Lunatic asylums in Bengal annual reports 1888-1898 - 1888-1898
Year: 1888
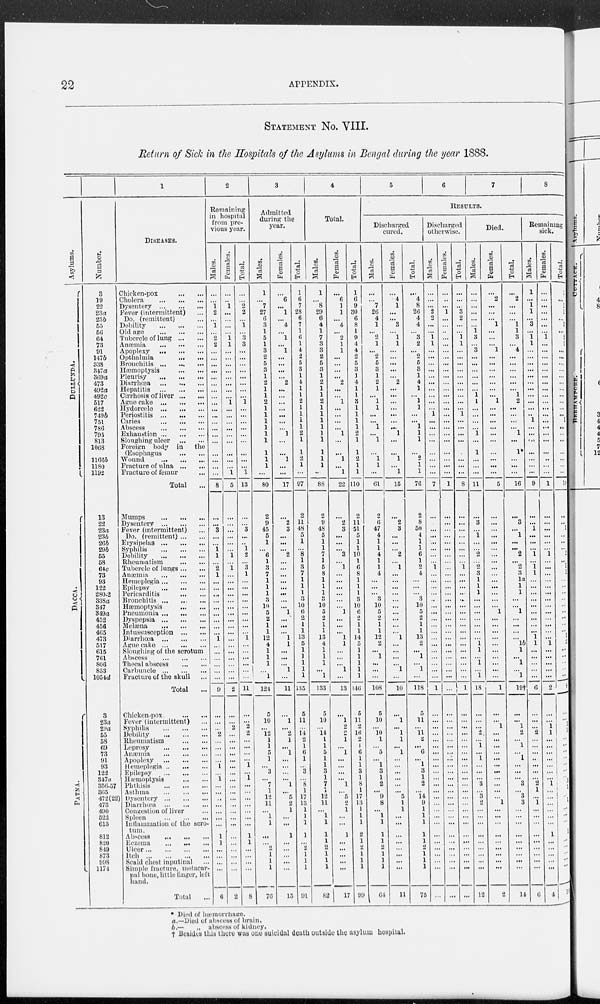
22
APPENDIX.
STATEMENT No. VIII.
Return of Sick in the Hospitals of the Asylums in Bengal during the year 1888.
Asylums.
DULLUNDA.
DACCA.
P ATNA.
Number.
3
19
22
23a
23b
55
56
64
73
91
147b
338
347a
309a
473
492a
492c
517
622
7496
751
786
795
813
1068
1106b
1180
1192
13
22
23a
23b
20b
29b
55
58
64c
73
93
122
280.2
333a
347
319a
452
458
405
473
517
615
701
806
853
1054d
3
23a
22a
55
58
69
73
91
93
122
347a
356.57
365
472(22)
473
490
522
613
812
820
849
873
998
1174
1
DISEASES.
Chicken-pox
...
...
Cholera
...
...
...
Dysentery
...
...
...
Fever (intermittent) ...
Do. (remittent) ...
Debility
...
...
...
Old age
...
...
...
Tubercle of lung
...
...
Anæmia
...
...
...
Apoplexy
...
...
...
Opthalmia
...
...
Bronchitis
...
...
...
Hæmoptysis
...
...
Pleurisy
...
...
...
Diarrhœa
...
...
...
Hepatitis
...
...
...
Cirrhosis of liver
...
...
Ague cake
...
...
...
Hydorcele ... ... ...
Periostitis ... ... ...
Caries
...
...
...
Abscess
...
...
...
Exhaustion
...
...
...
Sloughing ulcer
...
...
Foreign body in
the
(Esophagus
...
...
Wound
...
...
...
Fracture of ulna
...
...
Fracture of femur ...
Total
...
Mumps
...
...
...
Dysentery
...
...
...
Fever (intermittent) ...
Do. (remittent) ... ...
Erysipelas
...
...
...
Syphilis
...
...
...
Debility
...
...
...
Rheumatism
...
...
Tubercle of lungs ... ...
Atæmia
...
...
...
Hemeplegia
...
...
...
Epilepsy
...
...
...
Pericarditis
...
...
Bronchitis ... ... ...
Hæmoptysis
...
...
Pneumonia
...
...
...
Dyspepsia
...
...
...
Mehæna
...
...
...
Intussusception
...
...
Diarrhœa
...
...
...
Ague cake
...
...
...
Sloughing of the scrotum
Abscess
...
...
...
Thecal abscess
...
...
Carbuncle
...
...
...
Fracture of the skull ...
Total
...
Chieken-pox
...
...
Fever (intermittent) ...
Syphilis
...
...
...
Debility
...
...
...
Rheumatism
...
...
...
Leprosy
...
...
...
Anæmia
...
...
...
Apoplexy
...
...
...
Hemeplegin
...
...
...
Epilepsy
...
...
...
Hæmoptysis
...
...
Phthisis
...
...
...
Asthma
...
...
...
Dysentery
...
...
...
Diarrhœa
...
...
...
Congestion of liver ...
Spleen
...
...
...
Inflammation of the scro-
tum.
Absces
...
...
...
Eezema
...
...
...
Ulcer
...
...
...
...
Itch
...
...
...
...
Scald chest inputinal ...
Simple fracture, metacar-
pal bono, little linger, left
hand.
Total
...
2
Remaining
in hospital
from pre-
vious year.
Males.
...
...
1
2
...
1
...
2
2
...
...
...
...
...
...
...
...
...
...
...
...
...
...
...
...
...
...
...
8
...
...
3
...
...
1
1
...
2
1
...
...
...
...
...
...
...
...
...
1
...
...
...
...
...
...
9
...
...
...
2
...
...
...
...
1
...
1
...
...
...
...
...
...
...
1
1
...
...
...
...
6
Females.
...
...
1
...
...
...
...
1
1
...
...
...
...
...
...
...
...
1
...
...
...
...
...
...
...
...
...
1
5
...
...
...
...
...
...
1
...
1
...
...
...
...
...
...
...
...
...
...
...
...
...
...
...
...
...
2
...
...
2
...
...
...
...
...
...
...
...
...
...
...
..
...
...
...
...
...
...
...
...
...
2
Total.
...
...
2
2
...
1
...
3
3
...
...
...
...
...
...
...
...
1
...
...
...
...
...
...
...
...
...
1
13
...
...
3
...
...
1
2
...
3
1
...
...
...
...
...
...
...
...
...
1
...
...
...
...
...
...
11
...
...
...
2
...
...
...
...
1
...
1
...
...
...
...
...
...
...
1
1
...
...
...
...
8
3
Admitted
during the
year.
Males.
1
...
7
27
6
3
1
5
1
3
2
5
3
1
2
1
1
2
1
1
1
1
1
1
1
1
1
...
80
2
9
45
5
1
...
6
1
3
7
1
1
1
3
10
5
2
1
1
12
4
1
1
1
...
1
124
5
10
...
12
1 ...
5
1
...
3 ...
7
1
12
11
...
1
1
...
...
2
1
1
1
76
Females.
...
6
...
1
...
4
...
1
...
1
...
...
....
...
2
...
...
...
...
...
...
...
1
...
...
1
...
...
17
...
2
3
...
...
...
2
...
...
...
...
...
...
...
...
1
...
...
...
1
1
...
...
...
1
...
11
...
1
...
2
1
...
1
...
...
...
...
1
...
5
2
1
...
...
1
...
...
...
...
...
15
Total.
1
6
7
28
6
7
1
6
1
4
2
5
3
1
4
1
1
2
1
1
1
1
2
1
1
2
1
...
97
2
11
48
5
1
...
8
1
3
7
1
1
1
3
10
6
2
1
1
13
5
1
1
1
1
1
135
5
11
...
14
2
1
6
1
...
3
...
8
1
17
13
1
1
1
1
...
2
1
1
1
91
4
Total.
Males.
1
...
8
29
6
4
1
7
3
3
2
5
3
1
2
1
1
2
1
1
1
1
1
1
1
1
1
...
88
2
9
48
5
1
1
7
1
5
8
1
1
1
3
10
5
2
1
1
13
4
1
1
1
...
1
133
5
10
...
14
1
1
5
1
1
3
1
7
1
12
11
...
1
1
1
1
2
1
1
1
82
Females.
...
6
1
1
...
4
...
2
1
1
...
...
...
...
2
...
...
1
...
...
...
...
1
...
...
1
...
1
22
...
2
3
...
...
...
3
...
1
...
...
...
...
...
...
1
...
...
...
1
1
...
...
...
1
...
13
...
1
2
2
1
...
1
...
...
...
...
1
...
5
2
1
...
...
1
...
...
...
...
...
17
Total.
1
6
9
30
6
8
1
9
4
4
2
5
3
1
4
1
1
3
1
1
1
1
2
1
1
2
1
1
110
2
11
51
...
...
...
10
...
6
8
...
...
...
...
10
6
...
...
...
14
5
...
...
...
...
...
146
5
11
2
16
2 ...
6
1
1
3
1
8
1
17
13
1
1
1
2
1
2
1
1
1
99
5
6
7
8
RESULTS.
Discharged
cured.
Males.
...
...
7
20
4
1
...
2
1
...
2
5
3
1
2
1
...
1
1
...
...
1
...
1
...
1
1
...
61
2
6
47
4
1
1
4
1
1
4
...
...
...
3
10
5
2
1
1
12
2
...
1
...
...
...
108
5
10
...
10
1
...
5
...
1
3
1
2
...
9
8
...
1
1
1
1
2
1
1
1
64
Females.
...
4
1
...
...
3
...
1
1
...
...
...
...
...
2
...
...
...
...
...
...
...
1
...
...
1
...
1
15
...
2
3
...
...
...
2
...
1
...
...
...
...
...
...
...
...
...
...
1
...
...
...
...
1
...
10
...
1
...
1
1
...
1
...
...
...
...
...
...
5
1
1
...
...
...
...
...
...
...
...
11
Total.
...
4
8
20
4
4
...
3
2
...
2
5
3
1
4
1
...
1
1
...
...
1
1
1
...
2
1
1
76
2
8
50
4
1
1
6
1
2
4
...
...
...
3
10
5
2
1
1
13
2
...
1
...
1
...
118
5
11
...
11
2
...
6
...
1
3
1
2
...
14
9
1
1
1
1
1
2
1 1
1
75
Discharged
otherwise.
Males.
...
...
...
2
2
...
...
1
1
...
...
...
...
...
...
...
...
...
...
1
...
...
...
...
...
...
...
...
7
...
...
...
...
...
...
...
...
1
...
...
...
...
...
...
...
...
...
...
...
...
...
...
...
...
...
1
...
...
...
...
...
...
...
...
...
...
...
...
...
...
...
...
...
...
...
...
...
...
...
...
...
Females.
...
...
...
1
...
...
...
...
...
...
...
...
...
...
...
...
...
...
...
...
...
...
...
...
...
...
...
...
1
...
...
...
...
...
...
...
...
...
...
...
...
...
...
...
...
...
...
...
...
...
...
...
...
...
...
...
...
...
...
...
...
...
...
...
...
...
...
...
...
...
...
...
...
...
...
...
...
...
...
...
...
Total.
...
...
..
3
2
...
...
1
1
...
...
...
...
...
...
...
...
...
...
1
...
...
...
...
...
...
...
...
8
...
...
...
...
...
...
...
...
1
...
...
...
...
..
...
...
...
...
...
...
...
...
...
...
...
...
1
...
...
...
...
...
...
...
...
...
...
...
...
...
...
...
...
...
...
...
...
...
...
...
...
...
Died.
Males.
...
...
...
...
...
...
1
3
...
3
...
...
...
...
...
...
1
1
...
...
...
...
1
...
1
...
...
...
11
...
3
...
1
...
...
2
...
2
3
1
1
1
...
...
...
...
...
...
...
1
1
...
1
...
1
18
...
...
...
2
1 ...
...
1
...
...
...
3
...
3
2
...
...
...
...
...
...
...
...
...
12
Females.
...
2
...
...
...
1
...
...
...
1
...
...
...
...
...
...
...
1
...
...
...
...
...
...
...
...
...
...
5
...
...
...
...
...
...
...
...
...
...
...
...
...
...
...
1
...
...
...
...
...
...
...
...
...
...
1
...
...
1
...
...
...
...
...
...
...
...
...
...
...
1
...
...
...
...
...
...
...
...
...
2
Total.
...
2
...
...
...
1
1
3
...
4
...
...
...
...
...
...
1
2
...
...
...
...
1
...
1*
...
...
...
16
...
3
...
1
...
...
2
...
2
3
la
1
1
...
...
1
...
...
...
...
1b
1
...
1
...
1
19†
...
...
1
2
1 ...
...
1
...
...
...
3
...
3
3
...
...
...
...
...
...
...
...
...
14
Remaining
sick.
Males.
1
...
1
1
...
3
...
1
1
...
...
...
...
...
...
...
...
...
...
..
1
...
...
...
...
...
...
...
9
...
...
1
...
...
...
1
...
1
1
...
...
...
...
...
...
...
...
...
1
1
...
...
...
...
...
6
...
...
...
2
...
...
...
...
...
...
...
2 1
...
1
...
...
...
...
...
...
...
...
...
6
Females.
...
...
...
...
...
...
...
1
...
...
...
...
...
...
...
...
...
...
...
...
...
...
...
...
...
...
...
...
1
...
...
...
...
...
...
1
...
...
...
...
...
...
...
...
...
...
...
...
...
1
...
...
...
...
...
2
...
...
1
1
...
...
...
...
...
...
...
1
...
...
...
...
...
...
1
...
...
...
...
...
4
Total.
1
...
1
1
...
3
...
2
1
...
...
...
...
...
...
...
...
...
...
...
1
...
...
...
...
...
...
...
10
...
...
1
...
...
...
2
...
1
1
...
...
...
...
...
...
...
...
...
1
2
...
...
...
...
...
8
...
...
1
3
...
...
...
...
...
...
...
3
1
...
1
...
...
...
1
...
...
...
...
...
10
* Died of hæmorrhage.
a.— Died of abscess of brain.
b.— „ abscess of kidney.
† Besides this, there was one suicidal death outside the asylum hospital.